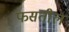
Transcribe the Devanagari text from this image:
फसतील